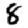
Digit: 8